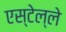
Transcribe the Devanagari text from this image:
एस्टेल्ले